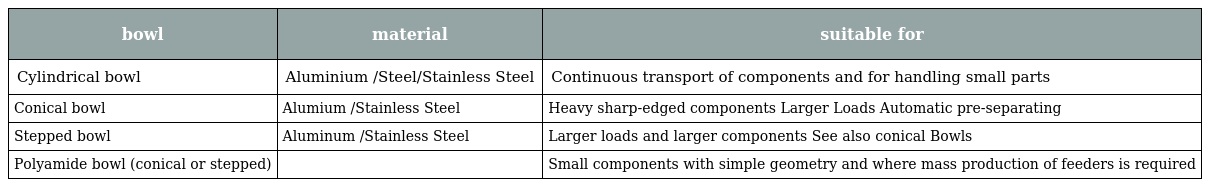
| bowl | material | suitable for |
 | --- | --- | --- |
 | Cylindrical bowl | Aluminium /Steel/Stainless Steel | Continuous transport of components and for handling small parts |
 | Conical bowl | Alumium /Stainless Steel | Heavy sharp-edged components Larger Loads Automatic pre-separating |
 | Stepped bowl | Aluminum /Stainless Steel | Larger loads and larger components See also conical Bowls |
 | Polyamide bowl (conical or stepped) |  | Small components with simple geometry and where mass production of feeders is required |